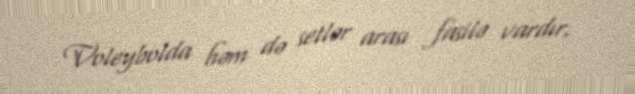
Voleybolda həm də setlər arası fasilə vardır.